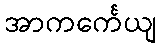
အာကင်္ကေယျ